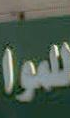
هوا